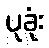
ပုခုံး